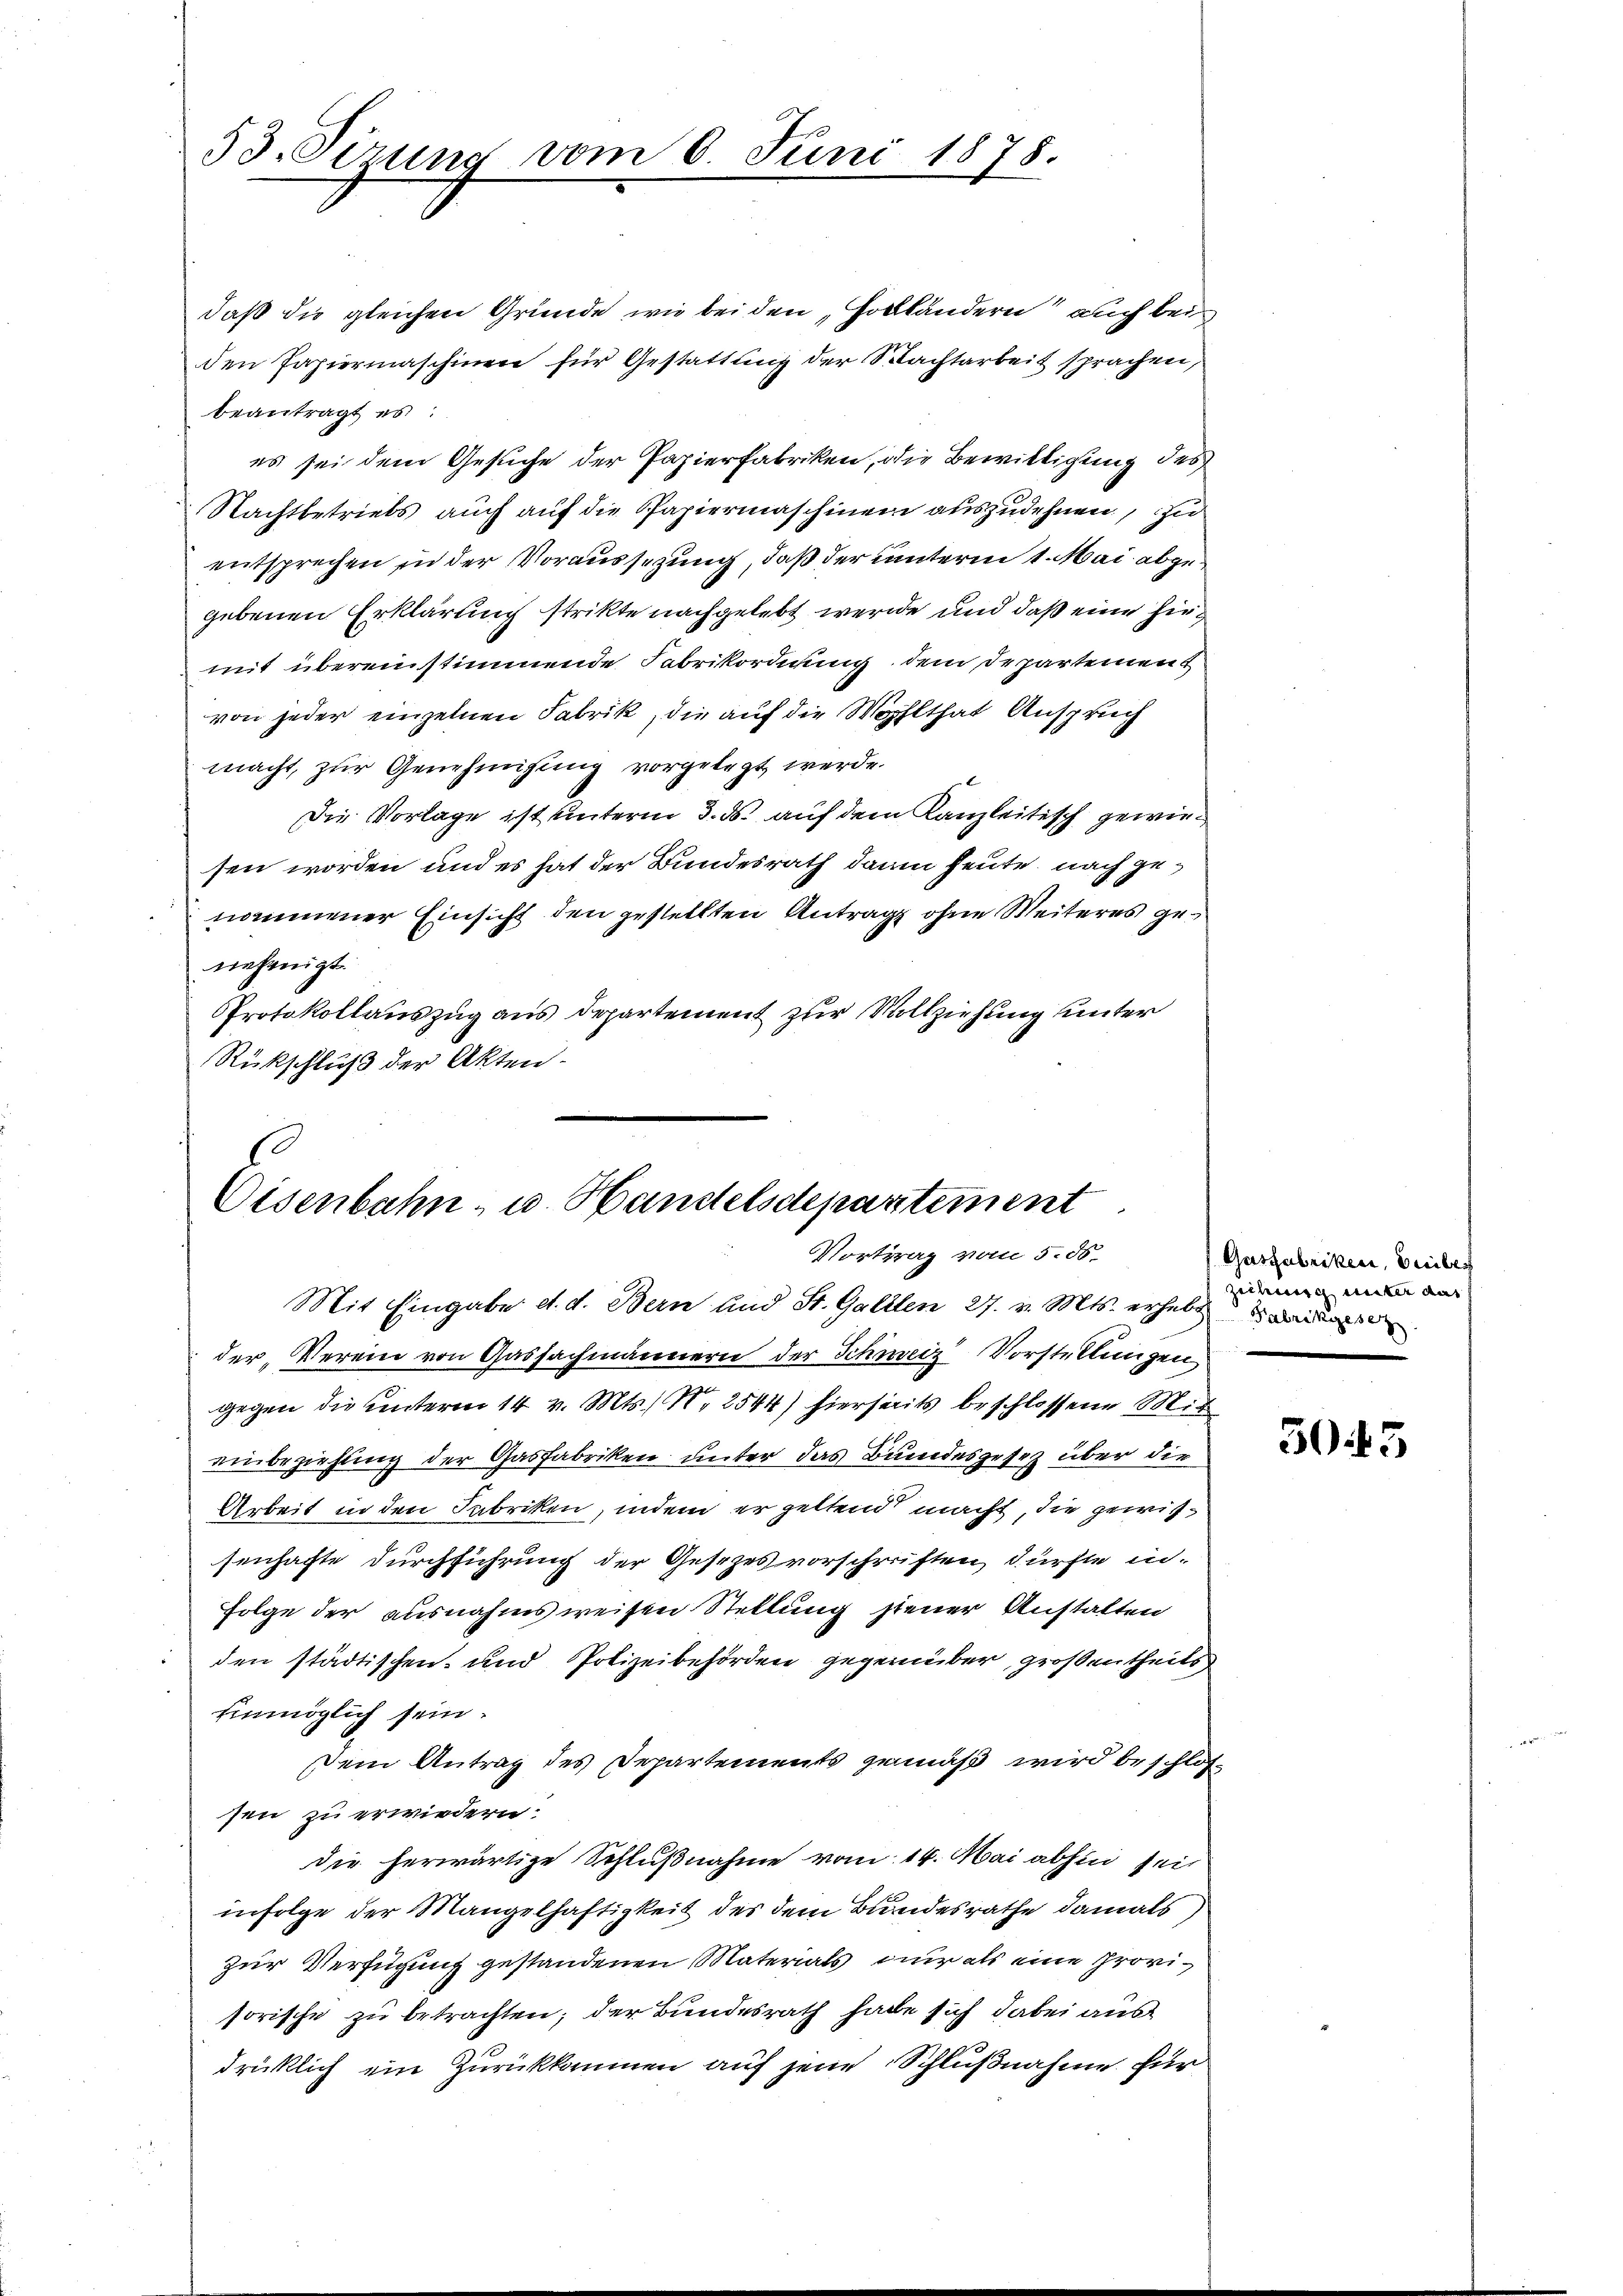
53. Firung vom 6. Juni 1878.

daß die gleichen Gründe, wie bei den Holländern auch bei
den Papiermaschinen für Gestattung der Nachtarbeit sprachen,
beantragt es
es sei dem Gesuche der Papierfabriken, die Bewilligung des
Nachtbetriebs auch auf die Papiermaschinen auszudehnen, zu
entsprechen in der Voraussezung, daß der unterm 1. Mai abgegebenen Erklärung strikte nachgelebt werde und daß eine hiemit übereinstimmende Fabrikordigung, dem Departement
von jeder einzelnen Fabrik, die auf die Wohlthat Anspruch
macht, zur Genehmigung vorgelegt werde.
Die Vorlage ist unterm 3. ds. auf dem Kanzleitisch gewiesen worden und es hat der Bundesrath dann heute nach genommener Einsicht den gestellten Antrag ohne Weiteres genehmigt.
PProtokollauszug aus Departement zur Vollziehung unter
Rückschluß der Akten.

Eisenbahn- u. Handelsdepartement
Vortrag vom 5. 56.

Mit Eingabe d. d. Bern und St. Galilen 27. v. Mts. erhebt
der, Verein von Gasfachmännern der Schweiz Vorstellungen
gegen die unterm 14 v. Mts., 2544) hierseits beschlossene Mit
einbeziehung der Gasfabriken unter das Bundesgesetz über die
Arbeit in den Fabriken, indem er geltend macht, die gewissenhafte Durchführung der Gesezesvorschriften dürfte in
Folge der ausnahmsweisen Stellung steuer Anstalten
den städtischen- und Polizeibehörden gegenüber großentheils
Einmöglich sein.
Dem Antrag des Departements gemäß wird beschlossen zu erwiedern:
die herwärtige Schlußnahme vom 14. Mai abhin seit
infolge der Mangelhaftigkeit des dem Bundesrathe damals
zur Verfügung gestandenen Materials nur als eine Provisorische zu betrachten; der Bundesrath habe sich dabei aus
drüklich ein Zurückkommen auf jene Schlußnahme für

Gasfabriken, Freiben
zeihung unter das

505